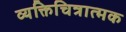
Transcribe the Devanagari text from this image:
व्यक्तिचित्रात्मक